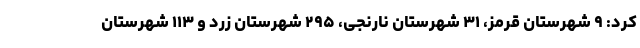
کرد: ۹ شهرستان قرمز، ۳۱ شهرستان نارنجی، ۲۹۵ شهرستان زرد و ۱۱۳ شهرستان